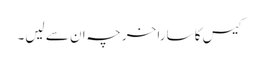
کیس کا سارا خرچہ ان سے لیں۔